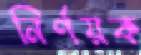
নির্ণয়ক